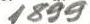
1899